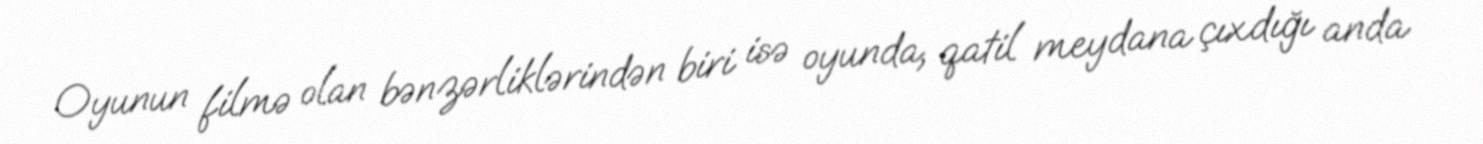
Oyunun filmə olan bənzərliklərindən biri isə oyunda, qatil meydana çıxdığı anda